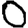
Digit: 0